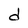
Character: d